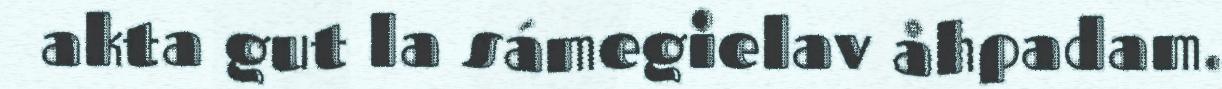
akta gut la sámegielav åhpadam.